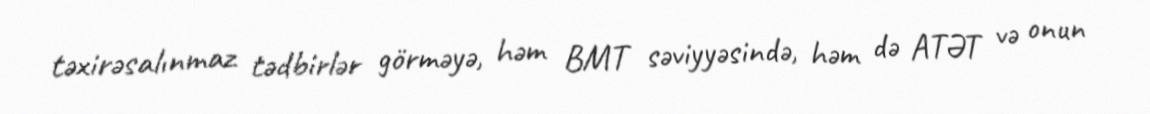
təxirəsalınmaz tədbirlər görməyə, həm BMT səviyyəsində, həm də ATƏT və onun